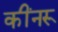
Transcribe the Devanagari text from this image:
कींनरू